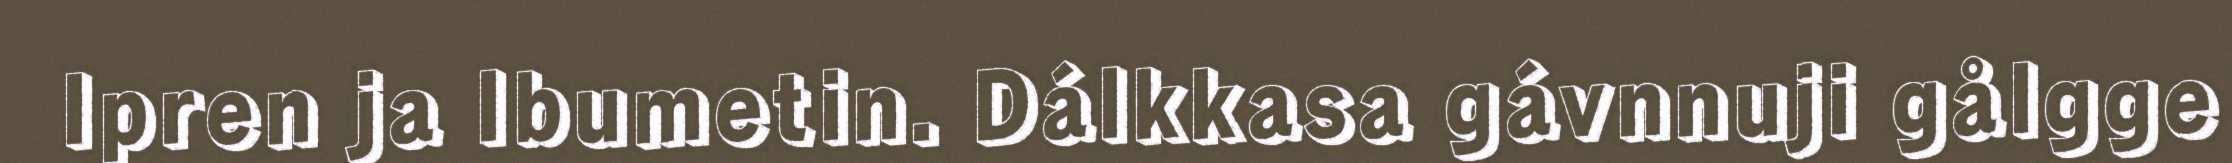
Ipren ja Ibumetin. Dálkkasa gávnnuji gålgge